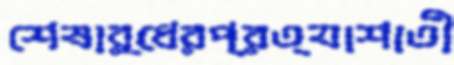
শেষার্ধেরপ্রত্যাশাতী